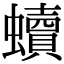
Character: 𧔖